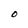
Character: O